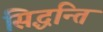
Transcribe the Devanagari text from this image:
सिद्धन्ति